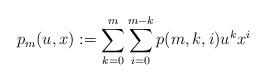
LaTeX: \begin{align*} p_m(u,x) := \sum_{k=0}^{m}\sum_{i=0}^{m-k}p(m,k,i) u^kx^i\end{align*}